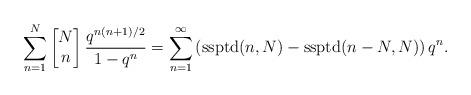
LaTeX: \begin{align*}\sum_{n=1}^{N}\left[\begin{matrix} N \\ n \end{matrix} \right] \frac{q^{n(n+1)/2}}{1-q^{n}}=\sum_{n=1}^{\infty}\left(\textup{ssptd}(n, N) - \textup{ssptd}(n-N, N)\right)q^n.\end{align*}